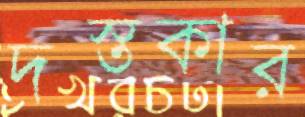
দস্তকার